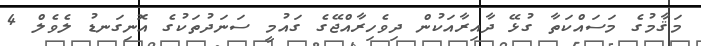
މަޤާމުގެ މަސައްކަތާ ގުޅޭ ދާއިރާއަކުން ދިވެހިރާއްޖޭގެ ގައުމީ ސަނަދުތަކުގެ އޮނިގަނޑު ލެވެލް 4